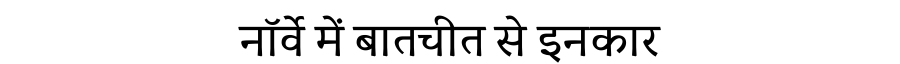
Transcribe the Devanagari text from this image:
नॉर्वे में बातचीत से इनकार